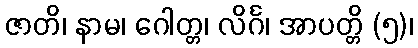
ဇာတိ၊ နာမ၊ ဂေါတ္တ၊ လိင်္ဂ၊ အာပတ္တိ (၅)၊